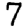
Digit: 7